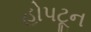
હોપટૂન